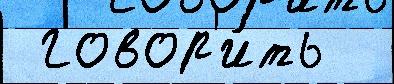
 говор'и́ть